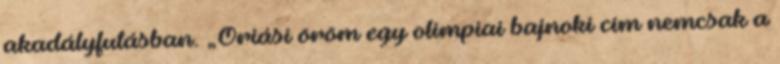
akadályfutásban. „Óriási öröm egy olimpiai bajnoki cím nemcsak a